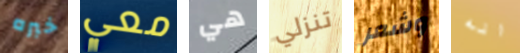
خبره معي هي تنزلي وشعر انه